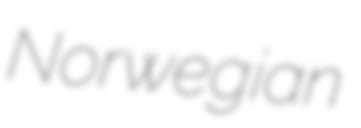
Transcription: Norwegian